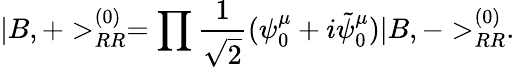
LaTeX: |B,+>_{RR}^{(0)}=\prod\frac{1}{\sqrt{2}}(\psi_{0}^{\mu}+i\tilde{\psi}_{0}^{\mu})|B,->_{RR}^{(0)}.